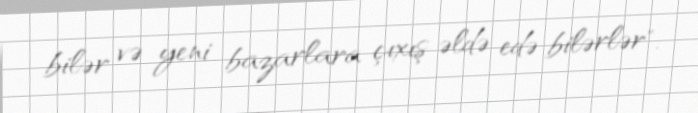
bilər və yeni bazarlara çıxış əldə edə bilərlər".